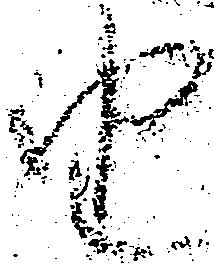
由